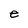
Character: e